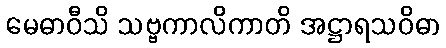
မေဓာဝီသိ သဗ္ဗကာလိကာတိ အဋ္ဌာရသဝိဓာ